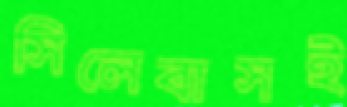
সিলেবাসই